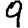
Digit: 9